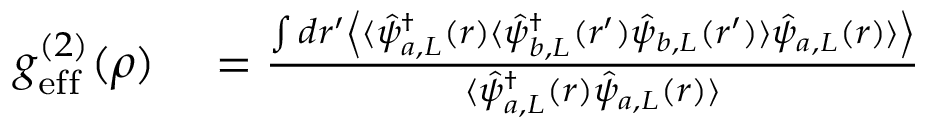
\begin{array} { r l } { g _ { \mathrm { e f f } } ^ { ( 2 ) } ( \boldsymbol { \rho } ) } & { { } = \frac { \int d \boldsymbol { r } ^ { \prime } \left\langle \langle \hat { \psi } _ { a , L } ^ { \dagger } ( \boldsymbol { r } ) \langle \hat { \psi } _ { b , L } ^ { \dagger } ( \boldsymbol { r } ^ { \prime } ) \hat { \psi } _ { b , L } ( \boldsymbol { r } ^ { \prime } ) \rangle \hat { \psi } _ { a , L } ( \boldsymbol { r } ) \rangle \right\rangle } { \langle \hat { \psi } _ { a , L } ^ { \dagger } ( \boldsymbol { r } ) \hat { \psi } _ { a , L } ( \boldsymbol { r } ) \rangle } } \end{array}